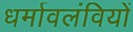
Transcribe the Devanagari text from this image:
धर्मावलंवियों